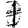
Digit: 1